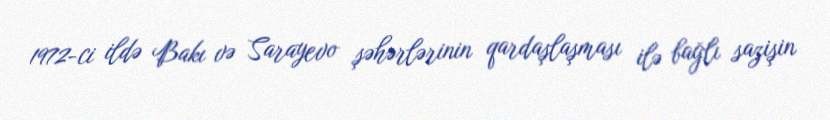
1972-ci ildə Bakı və Sarayevo şəhərlərinin qardaşlaşması ilə bağlı sazişin